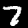
Digit: 7